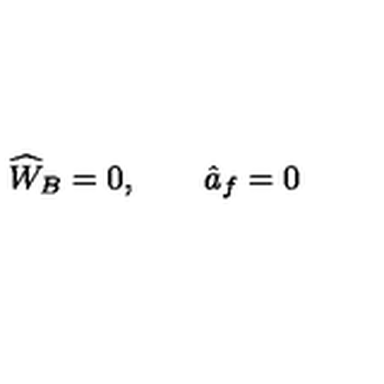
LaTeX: \widehat { W } _ { B } = 0 , \qquad \hat { a } _ { f } = 0